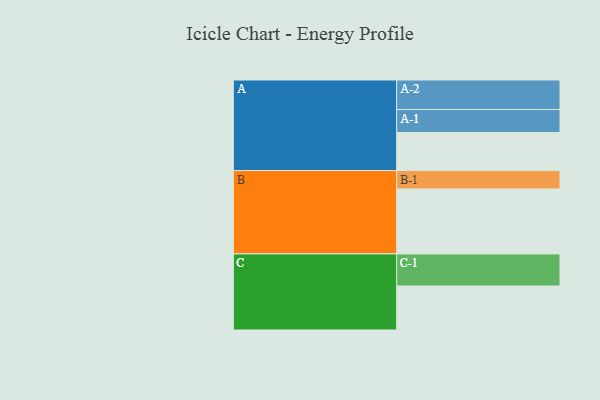
{"axis": {"x": "Segment", "y": "Value"}, "legend": ["", "A", "B", "C"], "data": [{"x": "A", "y": 342, "type": ""}, {"x": "B", "y": 583, "type": ""}, {"x": "C", "y": 395, "type": ""}, {"x": "A-1", "y": 206, "type": "A"}, {"x": "A-2", "y": 265, "type": "A"}, {"x": "B-1", "y": 165, "type": "B"}, {"x": "C-1", "y": 288, "type": "C"}]}